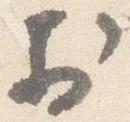
於